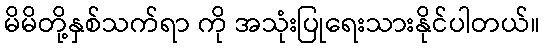
မိမိတို့နှစ်သက်ရာ ကို အသုံးပြုရေးသားနိုင်ပါတယ်။